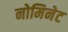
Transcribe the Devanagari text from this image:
नोमिनेट